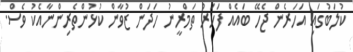
ކުލަބުގައި އަހަރެން ޖެހޭ ބައެއް ފަހަރު ތަމްރީނު ހަދަން ޒުވާން ކުޅުންތެރިންނާއެކު ވެސް.